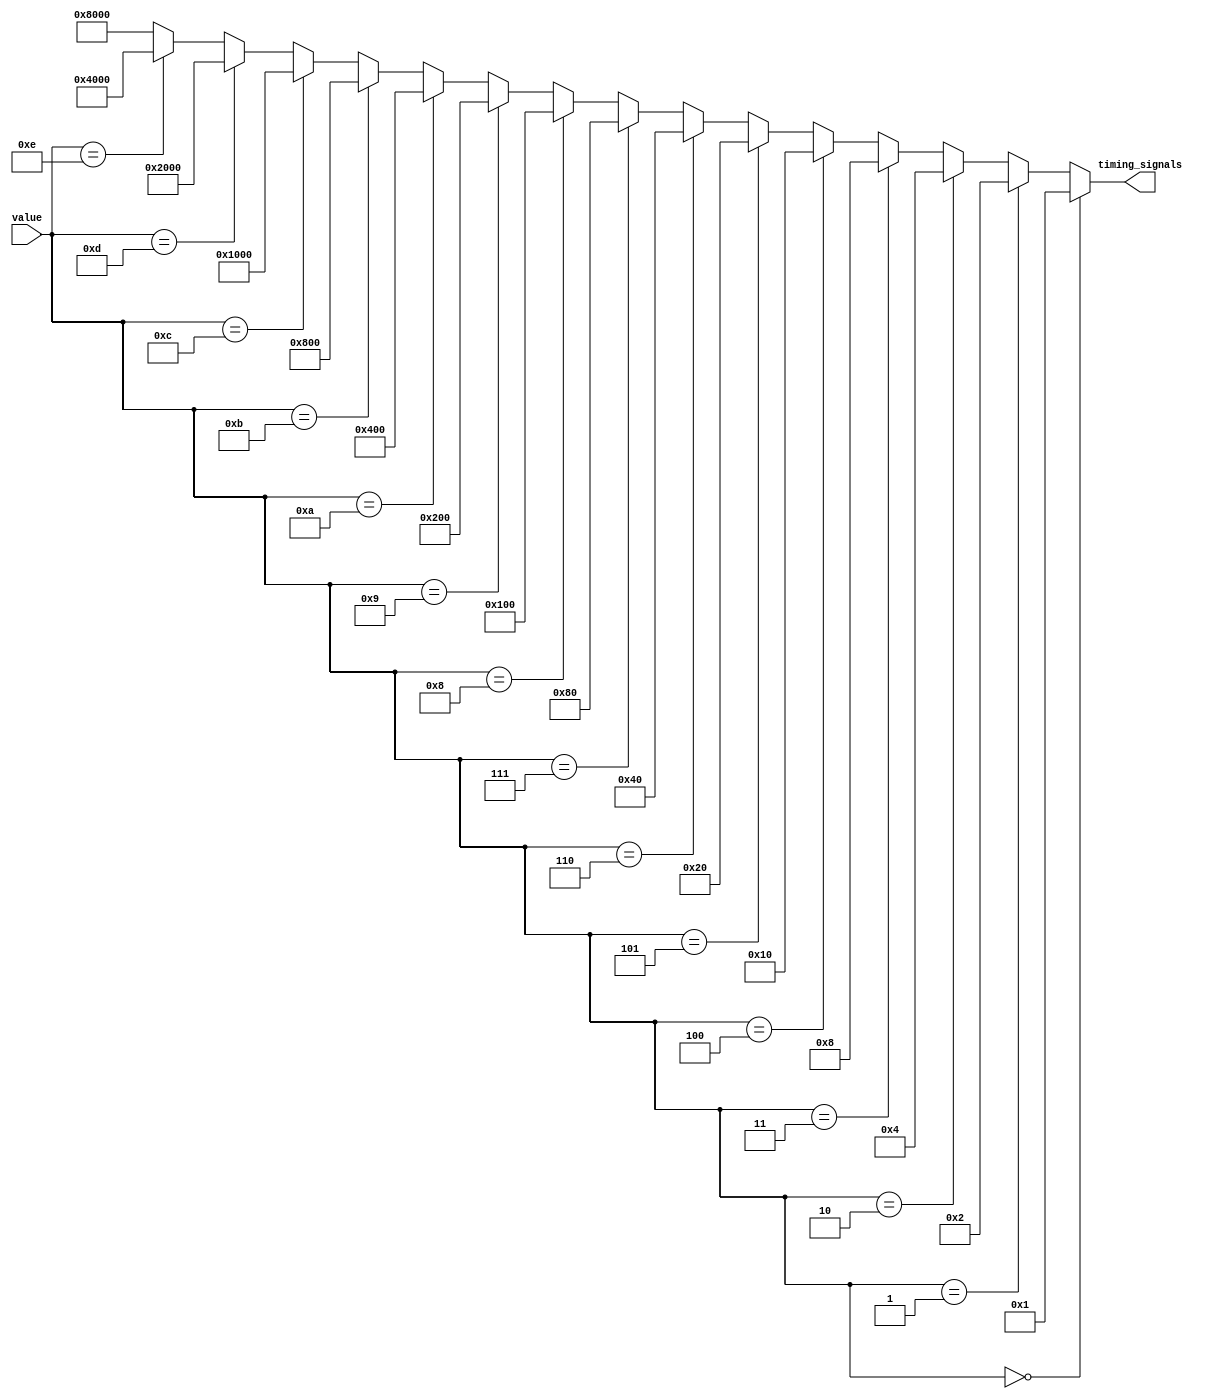
module decoder(value,timing_signals);
  
  input [3:0] value;
  output reg [15:0] timing_signals;
  
  //The ternary operator in Verilog works as follows:

  //(condition) ? (if true) : (if false);
  
  assign timing_signals = (value == 4'b0000) ? 16'h0001 :
                          (value == 4'b0001) ? 16'h0002 :
                          (value == 4'b0010) ? 16'h0004 :
                          (value == 4'b0011) ? 16'h0008 :
                          (value == 4'b0100) ? 16'h0010 :
                          (value == 4'b0101) ? 16'h0020 :
                          (value == 4'b0110) ? 16'h0040 :
                          (value == 4'b0111) ? 16'h0080 :
                          (value == 4'b1000) ? 16'h0100 :
                          (value == 4'b1001) ? 16'h0200 :
                          (value == 4'b1010) ? 16'h0400 :
                          (value == 4'b1011) ? 16'h0800 :
                          (value == 4'b1100) ? 16'h1000 :
                          (value == 4'b1101) ? 16'h2000 :
                          (value == 4'b1110) ? 16'h4000 :
                                               16'h8000 ;
endmodule